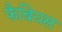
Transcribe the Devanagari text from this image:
फैबियस